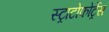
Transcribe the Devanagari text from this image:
स्ट्राटोफोर्ट्रेस